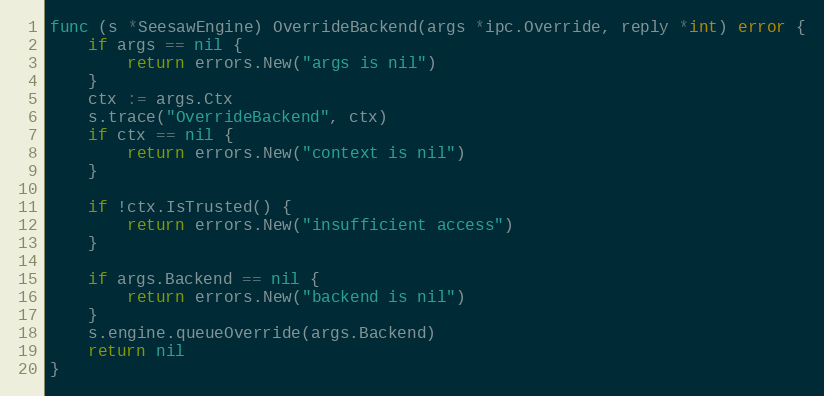
Language: Go
func (s *SeesawEngine) OverrideBackend(args *ipc.Override, reply *int) error {
	if args == nil {
		return errors.New("args is nil")
	}
	ctx := args.Ctx
	s.trace("OverrideBackend", ctx)
	if ctx == nil {
		return errors.New("context is nil")
	}

	if !ctx.IsTrusted() {
		return errors.New("insufficient access")
	}

	if args.Backend == nil {
		return errors.New("backend is nil")
	}
	s.engine.queueOverride(args.Backend)
	return nil
}